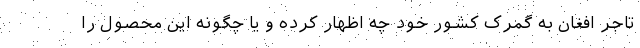
تاجر افغان به گمرک کشور خود چه اظهار کرده و یا چگونه این محصول را